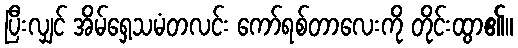
ပြီးလျှင် အိမ်ရှေ့သမံတလင်း ကော်ရစ်တာလေးကို တိုင်းထွာ၏။